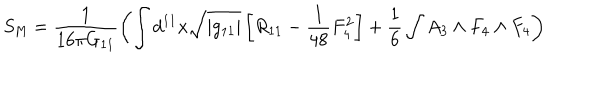
LaTeX: S _ { \mathrm { M } } = \frac { 1 } { 1 6 \pi G _ { 1 1 } } \left( \int d ^ { 1 1 } x \sqrt { | g _ { 1 1 } | } \left[ R _ { 1 1 } - \frac { 1 } { 4 8 } F _ { 4 } ^ { 2 } \right] + \frac { 1 } { 6 } \int A _ { 3 } \wedge F _ { 4 } \wedge F _ { 4 } \right)